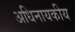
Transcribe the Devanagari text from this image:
अधिनायकीय